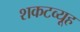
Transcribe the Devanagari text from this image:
शकटव्यूह